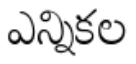
ఎన్నికల